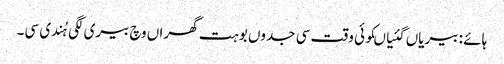
ہائے : بیریاں گئیاںکوئی وقت سی جدوں بوہت گھراں وچ بیری لگی ہُندی سی۔